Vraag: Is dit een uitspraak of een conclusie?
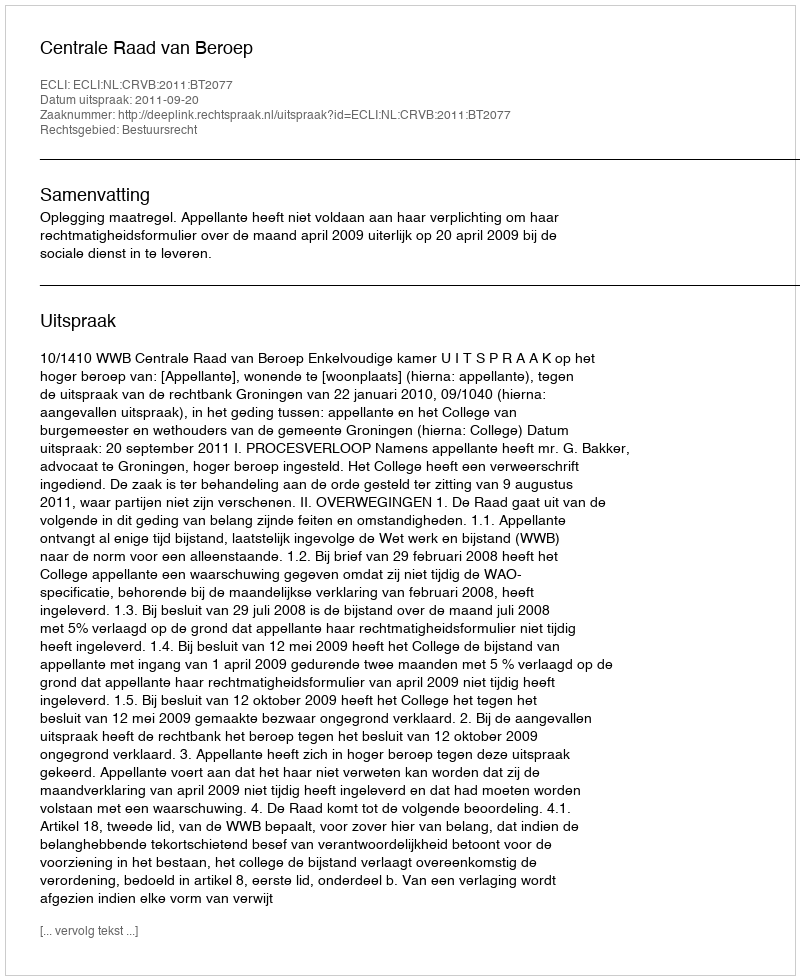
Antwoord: Uitspraak